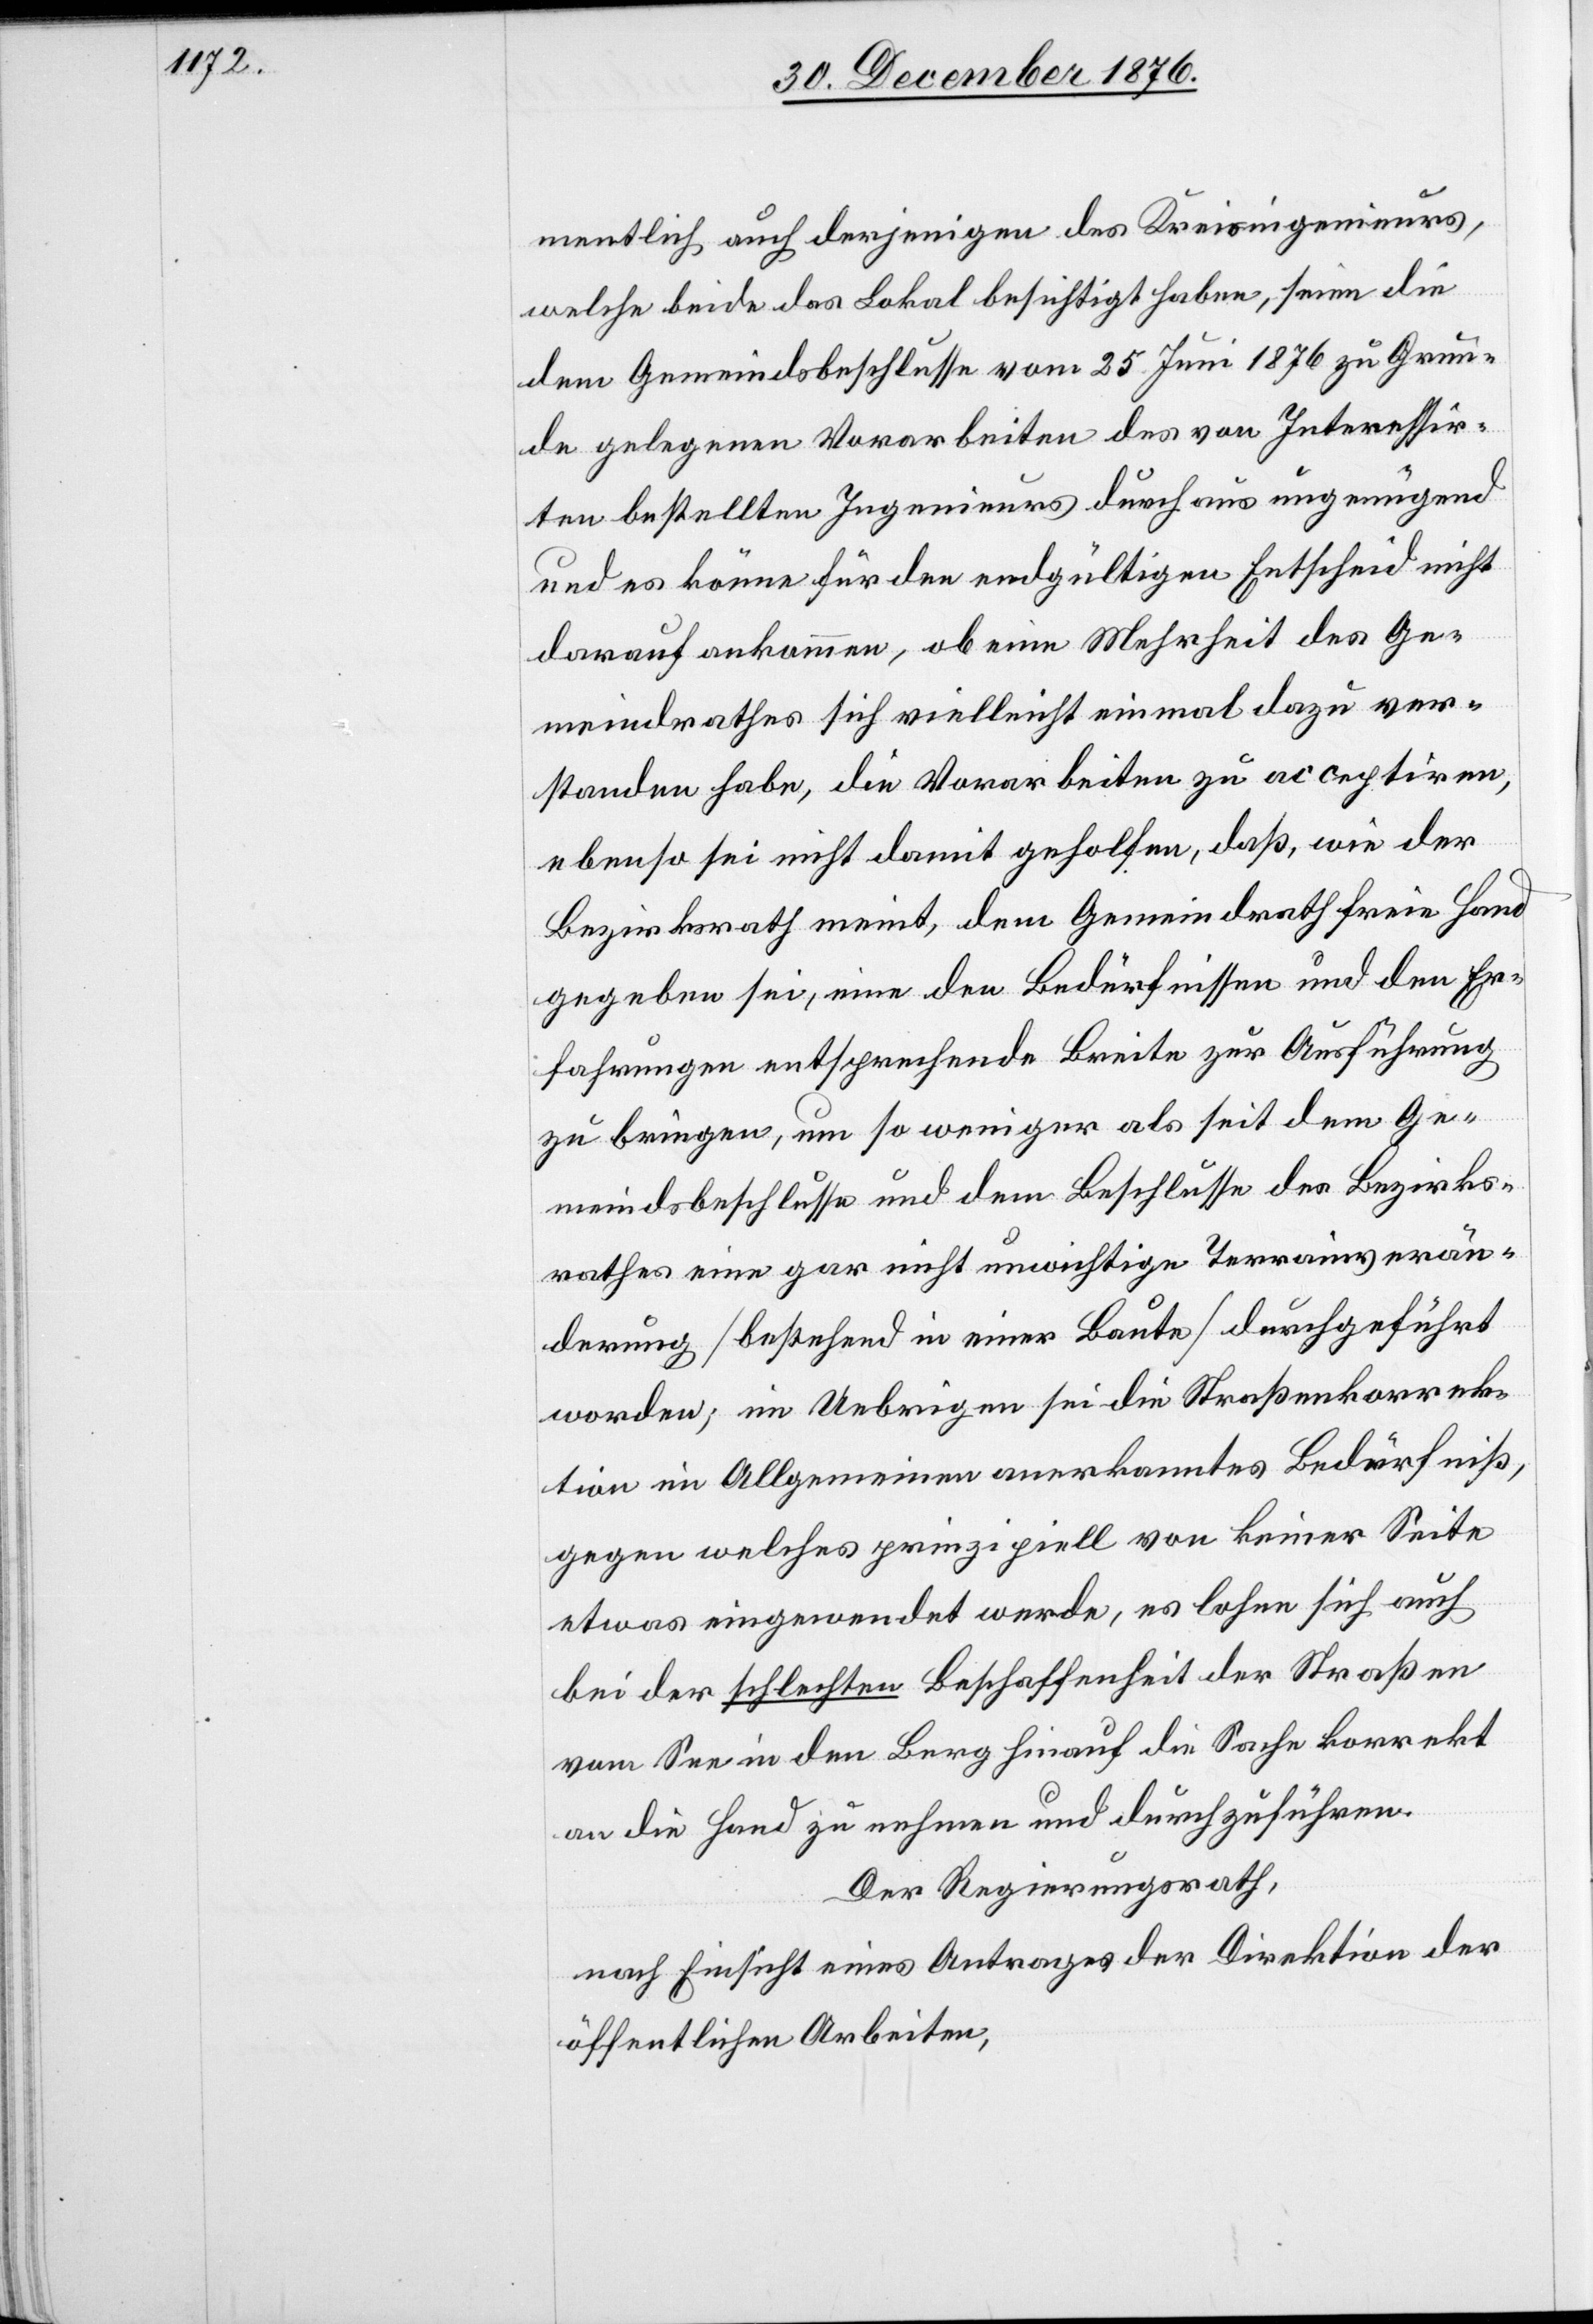
mentlich auch derjenigen des Kreisingenieurs,
welche beide das Lokal besichtigt habe, seinen die
dem Gemeindsbeschlusse vom 25. Juni 1876 zu Grun¬
de gelegenen Vorarbeiten des von Interessir¬
ten bestellten Ingenieurs durchaus ungenügend
und es könne für den endgültigen Entscheid nicht
darauf ankommen, ob eine Mehrheit des Ge¬
meindrathes sich vielleicht einmal dazu ver¬
standen habe, die Vorarbeiten zu acceptiren,
ebenso sei nicht damit geholfen, daß, wie der
Bezirksrath meint, dem Gemeindrath freie Hand
gegeben sei, eine den Bedürfnissen und den Er¬
fahrungen entsprechende Breite zur Ausführung
zu bringen, um so weniger als seit dem Ge¬
meindsbeschlusse und dem Beschlusse des Bezirks¬
rathes eine gar nicht unwichtige Terrainsverän¬
derung [bestehend in einer Baute] durchgeführt
worden; im Uebrigen sei die Straßenkorrek¬
tion im Allgemeinen anerkannten Bedürfniß,
gegen welches prinzipiell von keiner Seite
etwas eingewendet werde, es lohne sich auch
bei der schlechten Beschaffenheit der Straßen
vom See in den Berg hinauf die Sache korrekt
an die Hand zu nehmen und durchzuführen.
Der Regierungsrath,
nach Einsicht eines Antrages der Direktion der
öffentlichen Arbeiten,